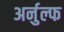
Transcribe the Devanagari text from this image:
अर्नुल्फ